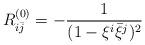
LaTeX: \begin{align*}R^{(0)}_{i\bar{j}}=-\frac{1}{(1-\xi^i\bar{\xi}^j)^2} \end{align*}